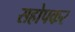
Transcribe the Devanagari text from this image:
सहोपकर